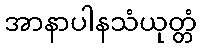
အာနာပါနသံယုတ္တံ